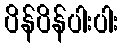
ပိန်ပိန်ပါးပါး